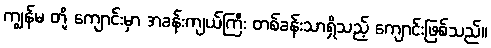
ကျွန်မ တို့ ကျောင်းမှာ အခန်းကျယ်ကြီး တစ်ခန်းသာရှိသည့် ကျောင်းဖြစ်သည်။